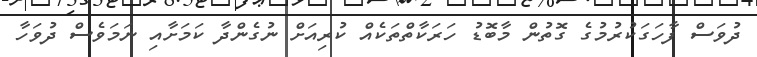
ދުވަސް ފާހަގަކުރުމުގެ ގޮތުން މާބޮޑު ހަރަކާތްތަކެއް ކުރިއަށް ނުގެންދާ ކަމަށާއި ނަމަވެސް ދުވަހާ